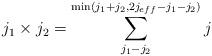
LaTeX: \begin{align*}j_1\times j_2=\sum_{j_1-j_2}^{\min(j_1+j_2,2j_{eff}-j_1-j_2)}j\end{align*}